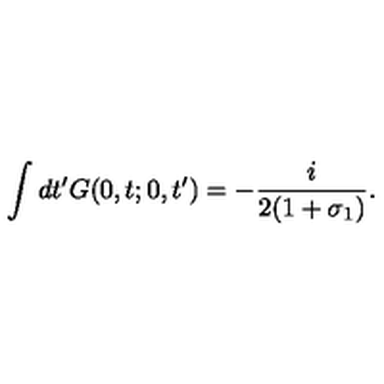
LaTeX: \int d t ^ { \prime } G ( 0 , t ; 0 , t ^ { \prime } ) = - \frac { i } { 2 ( 1 + \sigma _ { 1 } ) } .